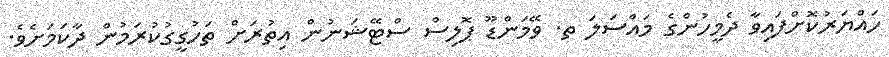
ހައްޔަރުކޮށްފައިވާ ދެމީހުންގެ މައްސަލަ ތ. ވޭމަންޑޫ ޕޮލިސް ސްޓޭޝަނުން އިތުރަށް ތަހުގީގުކުރަމުން ދާކަމަށެވެ.